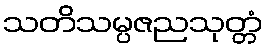
သတိသမ္ပဇညသုတ္တံ